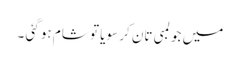
میں جو لمبی تان کر سویا تو شام ہو گئی ۔